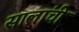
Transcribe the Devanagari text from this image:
सालांची